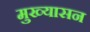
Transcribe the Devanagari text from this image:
मुख्यासन